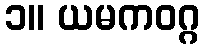
၁။ ယမကဝဂ္ဂ